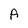
Character: A